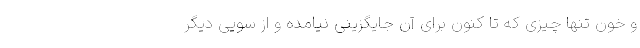
و خون تنها چیزی که تا کنون برای آن جایگزینی نیامده و از سویی دیگر